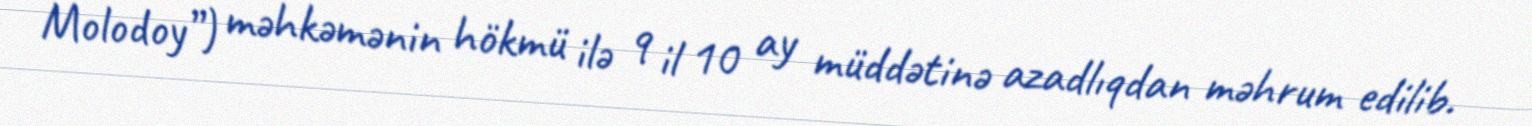
Molodoy”) məhkəmənin hökmü ilə 9 il 10 ay müddətinə azadlıqdan məhrum edilib.